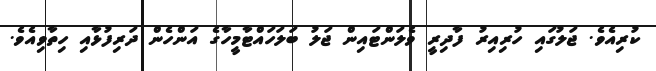
ކުރިއެވެ. ޖަލުގައި ހުރިއިރު ފާދިރީ ވެލަންޓައިން ޖަލު ބަލަހައްޓާމީހާގެ އަންހެން ދަރިފުޅާއި ހިތާވިއެވެ.